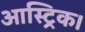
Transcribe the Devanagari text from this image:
आस्ट्रिक।